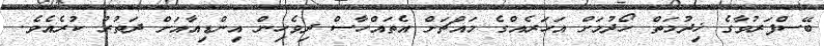
ބޭސްފަރުވާގެ ޚިދުމަތް ހޯދުމަށް އަހަރެއްގެ މައްޗަށް އެތައްހާސް ދިވެހިން އިންޑިއާއަށް ދަތުރު ކުރެއެވެ.